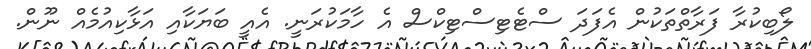
ލޯބިކުރާ ފަރާތްތަކުން އެފަދަ ސްޓެޓިސްޓިކްސް އެ ހާމަކުރަނީ. އެއީ ބަޔަކާއި އަޅާކިއުމެއް ނޫން.